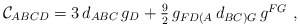
\begin{align*}{\cal C}_{ABCD}=3\,d_{ABC}\,g_D+\textstyle{\frac{9}{2}} \,g _{FD(A}\,d_{BC)G}\,g^{FG}\ ,\end{align*}